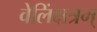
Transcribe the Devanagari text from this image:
वेलिंक्षत्रम्